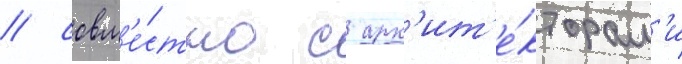
/ совм'е́стно с арх'ит'е́кторам'и